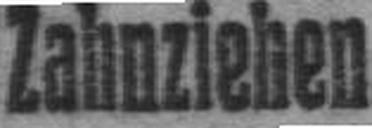
Zahnziehen